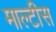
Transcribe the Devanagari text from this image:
माल्टीस